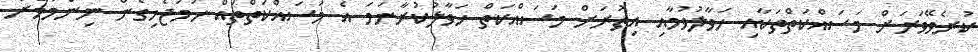
ކުރެވޭވަރަށް މަސައްކަތްތަކާއި ހަވާލުވުމާއި އިތުރަށް މަސައްކަތް ހަވާލުކުރާނަމަ އެ މަސައްކަތްތައް ހަމަޖެހިގެން ނިންމުމަށް